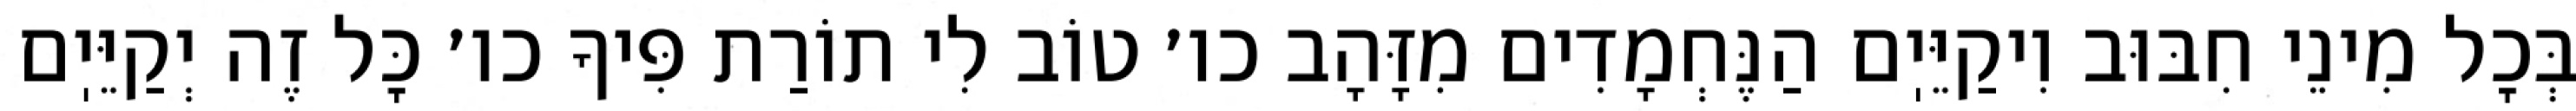
בְּכׇל מִינֵי חִבּוּב וִיקַיֵּיֽם הַנֶּחְמָדִים מִזָּהָב כו׳ טוֹב לִי תוֹרַת פִּיךָ כו׳ כׇּל זֶה יְקַיֵּיֽם